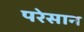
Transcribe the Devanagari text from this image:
परेसान